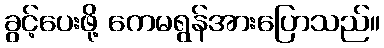
ခွင့်ပေးဖို့ ကေမရွန်အားပြောသည်။